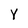
Character: Y